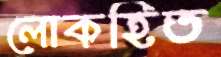
লোকহিত